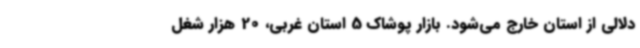
دلالی از استان خارج می‌شود. بازار پوشاک 5 استان غربی، 20 هزار شغل